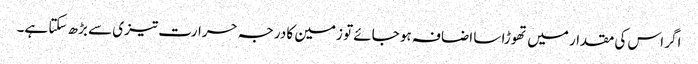
اگر اس کی مقدار میں تھوڑا سا اضافہ ہو جائے تو زمین کا درجہ حرارت تیزی سے بڑھ سکتا ہے۔